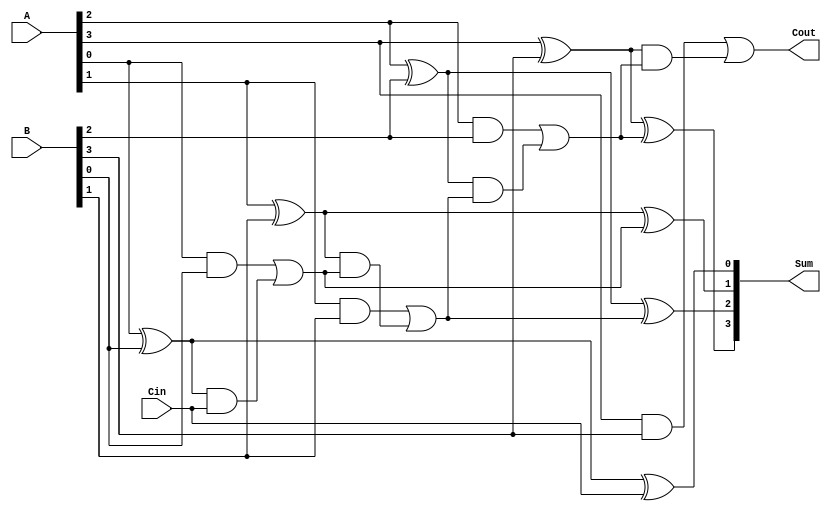
module ParallelFullAdder #(parameter N = 4) (
    input  [N-1:0] A,     // N-bit input A
    input  [N-1:0] B,     // N-bit input B
    input          Cin,    // Carry input
    output [N-1:0] Sum,    // N-bit sum output
    output         Cout     // Carry output
);

// Intermediate carry signals
wire [N:0] carry; // carry[0] is Cin, carry[N] is the final Cout

assign carry[0] = Cin; // First carry is the initial carry input

genvar i;
generate
    for (i = 0; i < N; i = i + 1) begin : full_adder
        // Sum calculation
        assign Sum[i] = A[i] ^ B[i] ^ carry[i];

        // Carry calculation
        assign carry[i + 1] = (A[i] & B[i]) | ((A[i] ^ B[i]) & carry[i]);
    end
endgenerate

// Final carry output
assign Cout = carry[N];

endmodule